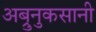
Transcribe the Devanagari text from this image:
अब्रुनुकसानी